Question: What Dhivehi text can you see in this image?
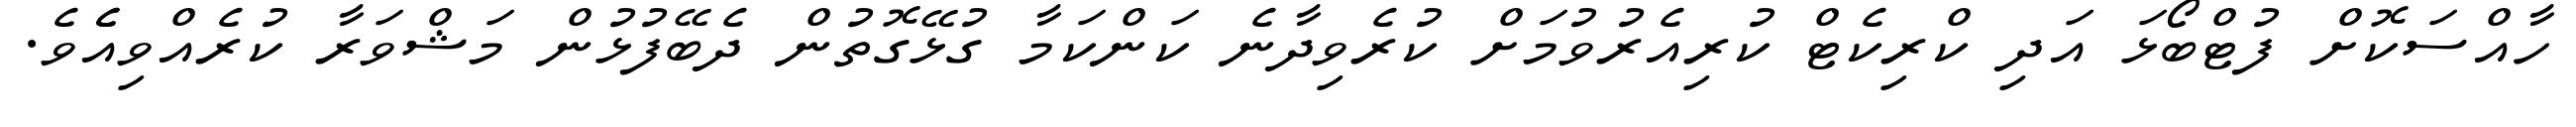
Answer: ހާއްސަކޮށް ފުޓްބޯޅަ އަދި ކްރިކެޓް ކުރިއެރުވުމަށް ކުރެވިދާނެ ކަންކަމާ ގުޅޭގޮތުން ދެބޭފުޅުން މަޝްވަރާ ކުރެއްވިއެެވެ.